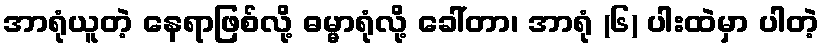
အာရုံယူတဲ့ နေရာဖြစ်လို့ ဓမ္မာရုံလို့ ခေါ်တာ၊ အာရုံ (၆) ပါးထဲမှာ ပါတဲ့